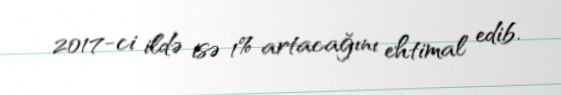
2017-ci ildə isə 1% artacağını ehtimal edib.